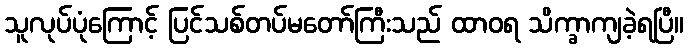
သူလုပ်ပုံကြောင့် ပြင်သစ်တပ်မတော်ကြီးသည် ထာဝရ သိက္ခာကျခဲ့ရပြီ။